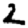
Digit: 2